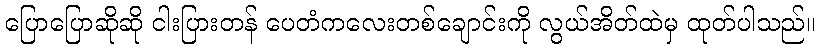
ပြောပြောဆိုဆို ငါးပြားတန် ပေတံကလေးတစ်ချောင်းကို လွယ်အိတ်ထဲမှ ထုတ်ပါသည်။